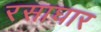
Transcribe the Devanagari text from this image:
रसाघार